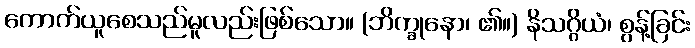
ကောက်ယူစေသည်မူလည်းဖြစ်သော။ (ဘိက္ခုနော၊ ၏။) နိသဂ္ဂိယံ၊ စွန့်ခြင်း